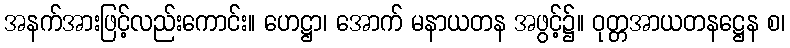
အနက်အားဖြင့်လည်းကောင်း။ ဟေဋ္ဌာ၊ အောက် မနာယတန အဖွင့်၌။ ဝုတ္တအာယတနဋ္ဌေန စ၊